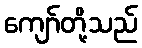
ကျော်တို့သည်